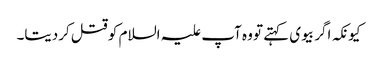
کیونکہ اگر بیوی کہتے تو وہ آپ علیہ السلام کو قتل کردیتا۔